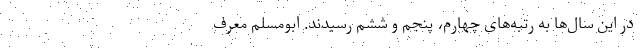
در این سال‌ها به رتبه‌های چهارم، پنجم و ششم رسیدند. ابومسلم معرف